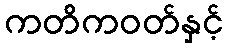
ကတိကဝတ်နှင့်